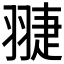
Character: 𦑈